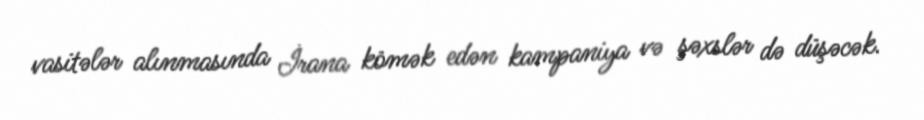
vasitələr alınmasında İrana kömək edən kampaniya və şəxslər də düşəcək.